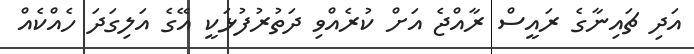
އަދި ޗައިނާގެ ރައީސް ރާއްޖެ އަށް ކުރެއްވި ދަތުރުފުޅަކީ އޭގެ އަލިގަދަ ހެއްކެއް